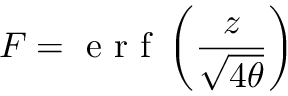
F = \textrm { e r f } \left( \frac { z } { \sqrt { 4 \theta } } \right)